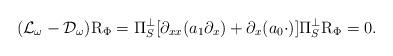
LaTeX: \begin{align*}(\mathcal{L}_{\omega}-\mathcal{D}_{\omega})\mathrm{R}_{\Phi}=\Pi_S^{\perp}[\partial_{xx} (a_1\partial_x )+\partial_x (a_0 \cdot)]\Pi_S^{\perp}\mathrm{R}_{\Phi}=0.\end{align*}